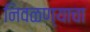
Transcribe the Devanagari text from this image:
निवळण्याचा